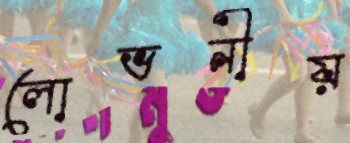
লোভনীয়